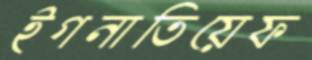
ইগনাতিয়েফ